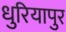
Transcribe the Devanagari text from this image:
धुरियापुर